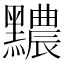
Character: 𪒬